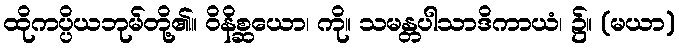
ထိုကပ္ပိယဘုမ်တို့၏။ ဝိနိစ္ဆယော၊ ကို။ သမန္တပါသာဒိကာယံ၊ ၌။ (မယာ)